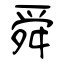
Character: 舜